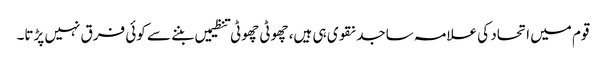
قوم میں اتحاد کی علامہ ساجد نقوی ہی ہیں، چھوٹی چھوٹی تنظیمیں بننے سے کوئی فرق نہیں پڑتا۔